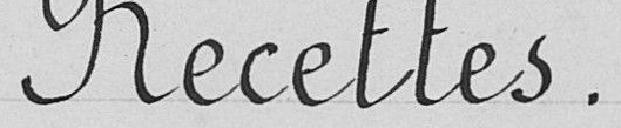
Recettes